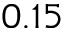
0 . 1 5